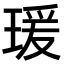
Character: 瑗